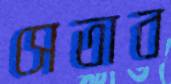
সেতাব